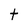
Character: t